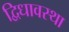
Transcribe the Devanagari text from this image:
द्विधावस्था